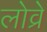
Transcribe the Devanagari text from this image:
लोव्रे